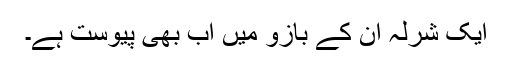
ایک شرلہ ان کے بازو میں اب بھی پیوست ہے۔